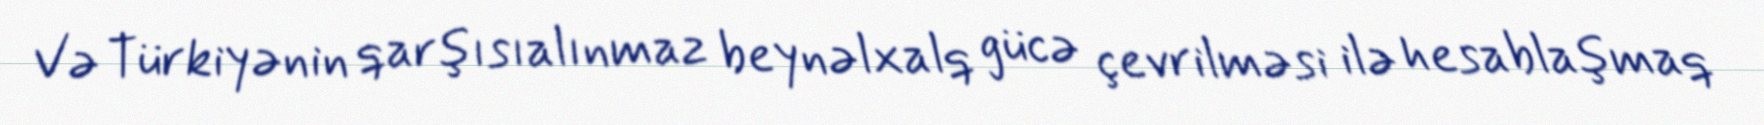
Və Türkiyənin qarşısıalınmaz beynəlxalq gücə çevrilməsi ilə hesablaşmaq